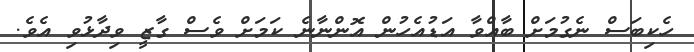
ހެކިބަސް ނެގުމަށް ބާއްވާ އަޑުއެހުން އޮންނާނެ ކަމަށް ވެސް ގާޒީ ވިދާޅުވި އެވެ.